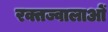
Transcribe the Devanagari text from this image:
रक्तज्वालाओं